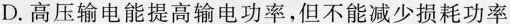
D.高压输电能提高输电功率，但不能减少损耗功率